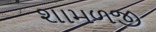
શામળજી